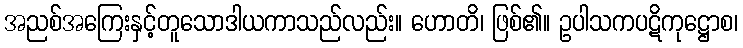
အညစ်အကြေးနှင့်တူသောဒါယကာသည်လည်း။ ဟောတိ၊ ဖြစ်၏။ ဥပါသကပဋိကုဋ္ဌောစ၊